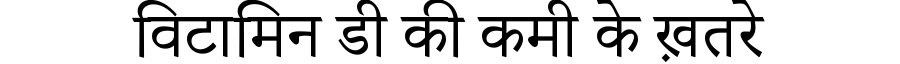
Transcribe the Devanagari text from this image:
विटामिन डी की कमी के ख़तरे